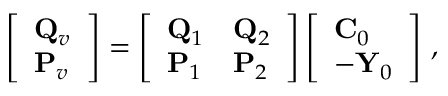
\left[ \begin{array} { l } { { \bf Q } _ { v } } \\ { { \bf P } _ { v } } \end{array} \right] = \left[ \begin{array} { l l } { { \bf Q } _ { 1 } } & { { \bf Q } _ { 2 } } \\ { { \bf P } _ { 1 } } & { { \bf P } _ { 2 } } \end{array} \right] \left[ \begin{array} { l } { { \bf C } _ { 0 } } \\ { - { \bf Y } _ { 0 } } \end{array} \right] \, ,